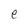
Character: e